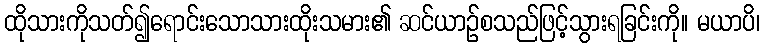
ထိုသားကိုသတ်၍ရောင်းသောသားထိုးသမား၏ ဆင်ယာဉ်စသည်ဖြင့်သွားရခြင်းကို။ မယာပိ၊